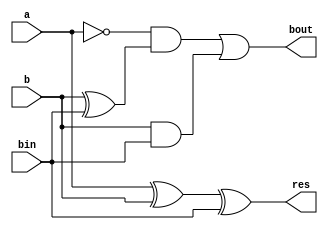
`timescale 1ns / 1ps


module fullsub(a, b, bin, res, bout);
	input a, b, bin;
	output res, bout;
	assign res = a ^ b ^ bin;
	assign bout = ~a & (b^bin) | b & bin;
endmodule


module fullSubtractor32(op1, op2, bin, res, bout);
	input [31:0] op1, op2;
	input bin;
	output [31:0] res;
	output bout;

	wire [31:0] borrow;
	genvar i;
	generate
		for(i=31; i>=0; i=i-1)
			begin: description
			if(i===0)
				fullsub ff(op1[i], op2[i], bin, res[i], borrow[i]);
			else
				fullsub fff(op1[i], op2[i], borrow[i-1], res[i], borrow[i]);
  			end
	assign bout = borrow[31];
	endgenerate
endmodule